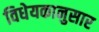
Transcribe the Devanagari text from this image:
विधेयकानुसार